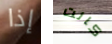
إذا كانت